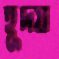
হূদয়